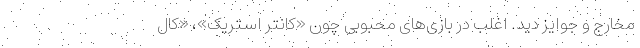
مخارج و جوایز دید. اغلب در بازی‌های محبوبی چون «کانتر استریک»، «کال